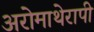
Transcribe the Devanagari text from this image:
अरोमाथेरापी